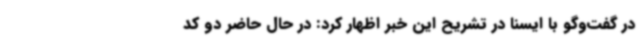
در گفت‌وگو با ایسنا در تشریح این خبر اظهار کرد: در حال حاضر دو کد